Report on vaccination in Madras 1904-1921 - 1904-1921
Year: 1904
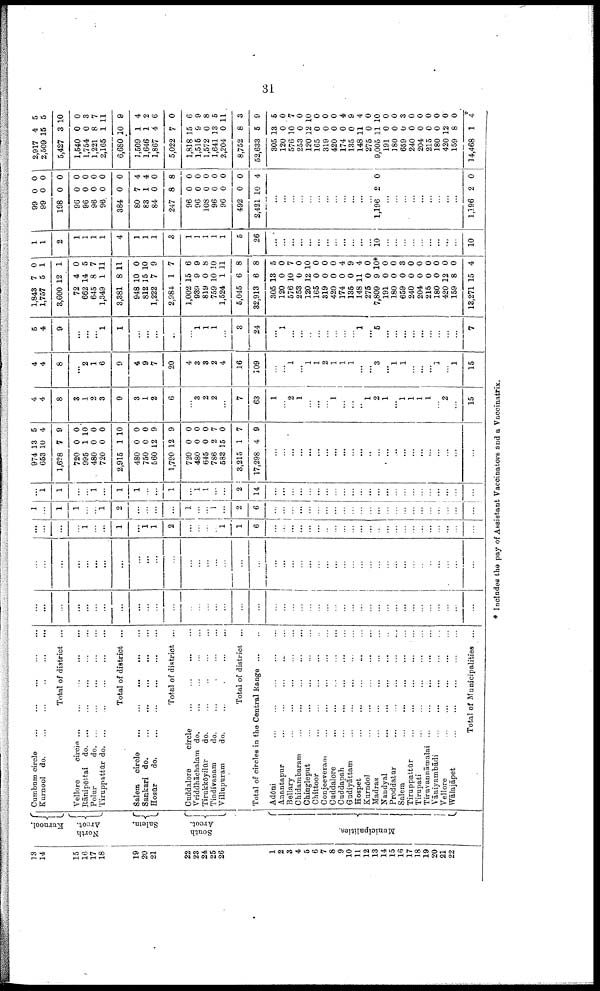
31
13
14
15
16
17
18
19
20
21
22
23
24
25
26
1
2
3
4
6
6
7
8
9
10
11
12
13
14
15
16
17
18
19
20
21
22
Kurnool.
North
Arcot
Salem.
South
Arcot.
Municipalities.
Cumbum circle ... ... ... ... ...
Kurnool do. ... ... ... ... ...
Total of district ...
Vellore
circle ... ... ... ... ...
Rānipēttai do.
... ... ... ... ...
Polur
do. ... ... ... ... ...
Tiruppattūr do. ... ... ... ... ...
Total of district ...
Salem circle
...
...
...
...
...
Sankari do.
...
...
...
...
...
Hosūr
do.
...
...
...
...
...
Total of district ...
Cuddalore
circle
...
...
...
...
Vriddhāchalam do. ... ... ... ...
Tirukkōyilūr
do. ... ... ... ...
Tindivanam
do.
...
...
...
...
Villupuram
do.
...
...
...
...
Total of district ...
Total of circles in the Central Range ... ...
Adōni
...
...
...
...
...
Anantapur ... ... ... ... ...
Bellary ... ... ... ... ... ...
Chidambaram ... ... ... ... ...
Chingleput
...
...
...
...
...
Chittoor ... ... ... ... ...
Conjeeveram ... ... ... ... ...
Cuddalore
...
...
...
...
...
Cuddapah
...
...
...
...
...
Gudiyāttam ... ... ... ... ...
Hospet ... ... ... ... ...
Kurnòol
...
...
...
...
...
Madras ... ... ... ... ...
Nandyal
...
...
...
...
...
Proddatur
...
...
...
...
...
Salem
...
...
...
...
...
Tiruppattūr ... ... ... ... ...
Tirupati
...
...
...
...
...
Tiruvannāmalai ... ... ... ... ...
Vāniyambādi ... ... ... ... ...
Vellore
...
...
...
...
...
Wālajāpet
...
...
...
...
...
Total of Municipalities ...
...
...
...
...
...
...
...
...
...
...
ū
...
...
...
...
...
...
...
...
...
...
...
...
...
...
...
...
...
...
...
...
...
...
...
...
...
...
...
...
...
...
...
...
...
...
...
...
...
...
...
...
...
...
...
...
...
...
...
...
...
...
...
...
...
...
...
...
...
...
...
...
...
...
...
...
...
...
...
...
...
...
...
...
...
...
...
...
...
1
...
...
1
...
1
1
2
...
...
...
...
1
1
6
...
...
...
...
...
...
...
...
...
...
...
...
...
...
...
...
...
...
...
...
...
...
...
1
...
1
1
...
...
1
2
...
...
...
...
1
...
...
1
...
2
6
...
...
...
...
...
...
...
...
...
...
...
...
...
...
...
...
...
...
...
...
...
...
...
...
1
1
...
...
1
...
1
1
...
...
1
...
1
1
...
...
2
14
...
...
...
...
...
...
...
...
...
...
...
...
...
...
...
...
...
...
...
...
...
...
...
974
653
1,628
720
995
480
720
2,915
480
750
560
1,790
720
480
645
786
583
3,215
17,298
13
10
7
0
1
0
0
1
0
0
12
12
0
0
0
2
15
1
4
5
4
9
0
10
0
0
10
0
0
9
9
0
0
0
7
0
7
9
...
...
...
...
...
...
...
...
...
...
...
...
...
...
...
...
...
...
...
...
...
...
...
4
4
8
3
1
2
3
9
3
1
2
6
...
3
2
2
...
7
63
1
...
2
1
...
...
...
1
...
...
...
1
2
1
...
1
1
1
1
...
2
...
15
4
4
8
...
2
1
6
9
4
9
7
20
4
3
3
2
4
16
109
...
...
1
...
1
1
2
1
1
1
...
...
3
...
1
1
...
...
...
1
...
1
15
5
4
9
...
...
...
1
1
...
...
...
...
...
1
1
1
...
3
24
...
1
...
...
...
...
...
...
...
...
1
...
5
...
...
...
...
...
...
...
...
...
7
1,843
1,757
3,600
72
662
645
1,349
3,381
948
812
1,222
2,984
1,002
939
819
759
1,524
5,045
82,913
305
120
576
253
120
165
319
420
174
135
148
275
7,809
191
180
659
240
204
215
180
420
159
13,271
7
5
12
4
14
8
1
8
10
15
7
1
15
9
0
10
1
6
6
13
0
10
0
12
0
0
0
0
0
11
0
9
0
0
0
0
0
0
0
12
8
15
0
1
1
0
5
7
11
11
0
10
9
7
6
9
8
10
11
8
8
5
0
7
0
10
0
0
0
4
9
4
0
10*
0
0
3
0
0
0
0
0
0
4
1
1
2
1
1
1
1
4
1
1
1
3
1
1
1
1
1
5
26
...
...
...
...
...
...
...
...
...
...
...
...
10
...
...
...
...
...
...
...
...
...
10
99
99
198
96
96
96
96
384
80
83
84
247
96
96
108
96
96
492
2,421
...
0
0
0
0
0
0
0
0
7
1
0
8
0
0
0
0
0
0
10
...
0
0
0
0
0
0
0
0
4
4
0
8
0
0
0
0
0
0
4
...
...
...
...
...
...
...
...
...
...
...
...
1,196 2 0
...
...
...
...
...
...
...
...
...
1,196 2 0
2,917
2,509
5,427
1,540
1,754
1,221
2,165
6,680
1,509
1,646
1,867
5,022
1,818
1,515
1,572
1,641
2,204
8,752
52,633
305
120
576
253
120
165
319
420
174
135
148
275
9,005
191
180
659
240
204
215
180
420
159
14,468
4
15
3
0
0
8
1
10
1
1
4
7
15
9
0
13
0
8
5
13
0
10
0
12
0 0
0
0
0
11
0
11
0
0
0
0
0
0
0
12
8
1
5
5
10
0
3
7
11
9
4
2
6
0
6
9
8
5
11
3
9
5
0
7
0
10
0
0
0
4
9
4
0
10
0
0
3
0
0
0
0
0
0
4
* Includes the pay of Assistant Vaccinators and a Vaccinatrix.